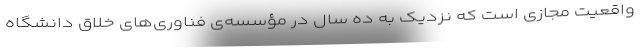
واقعیت مجازی است که نزدیک به ده سال در مؤسسه‌ی فناوری‌های خلاق دانشگاه